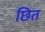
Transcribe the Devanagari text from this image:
छित